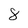
Character: 8